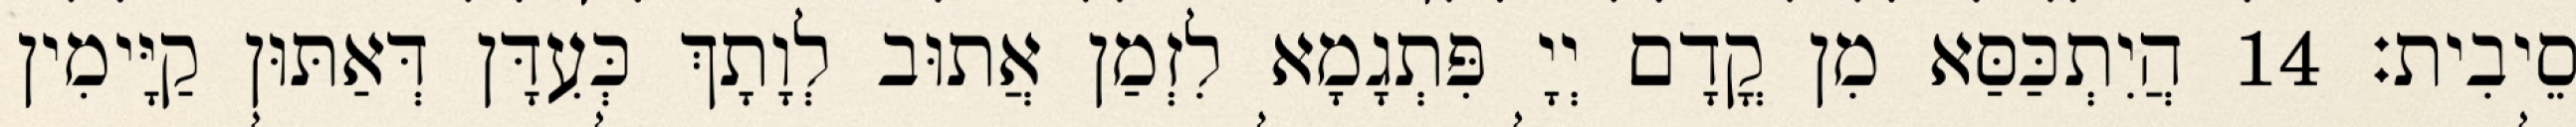
סֵיבִית׃ 14 הֲיִתְכַּסַּא מִן קֳדָם יְיָ פִּתְגָמָא לִזְמַן אֲתוּב לְוָתָךְ כְּעִדָּן דְּאַתּוּן קַיָּימִין